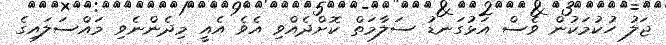
ޖަލު ހުކުމަކުން ވެސް އަޅުގަނޑު ސަލާމަތް ކޮށްދެއްވި އެވެ އެއީ މިދެންނެވި މައްސަލައިގެ